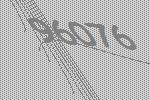
96076